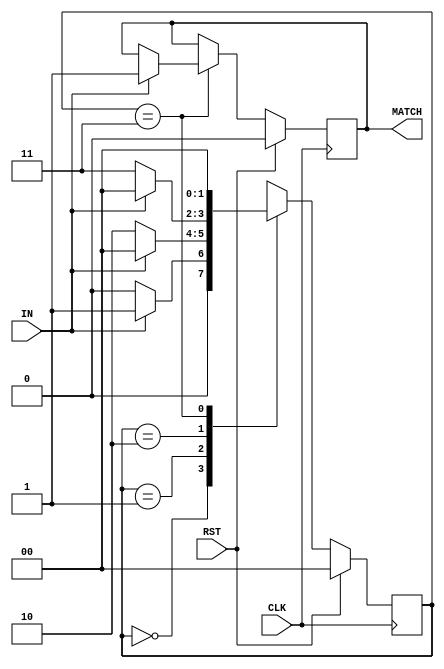
module chatgpt_generate_fsm (
  input CLK,
  input RST,
  input IN,
  output reg MATCH
);

parameter S_IDLE = 2'b00;
parameter S_1 = 2'b01;
parameter S_10 = 2'b10;
parameter S_100 = 2'b11;

reg [1:0] state = S_IDLE;

always @(posedge CLK) begin
  if (RST) begin
    state <= S_IDLE;
    MATCH <= 0;
  end
  else begin
    case (state)
      S_IDLE: begin
        if (IN == 1'b1) begin
          state <= S_1;
        end
        else begin
          state <= S_IDLE;
        end
      end
      
      S_1: begin
        if (IN == 1'b0) begin
          state <= S_10;
        end
        else begin
          state <= S_IDLE;
        end
      end
      
      S_10: begin
        if (IN == 1'b0) begin
          state <= S_100;
        end
        else begin
          state <= S_IDLE;
        end
      end
      
      S_100: begin
        if (IN == 1'b1) begin
          state <= S_IDLE;
          MATCH <= 1;
        end
        else begin
          state <= S_IDLE;
        end
      end
    endcase
  end
end

endmodule